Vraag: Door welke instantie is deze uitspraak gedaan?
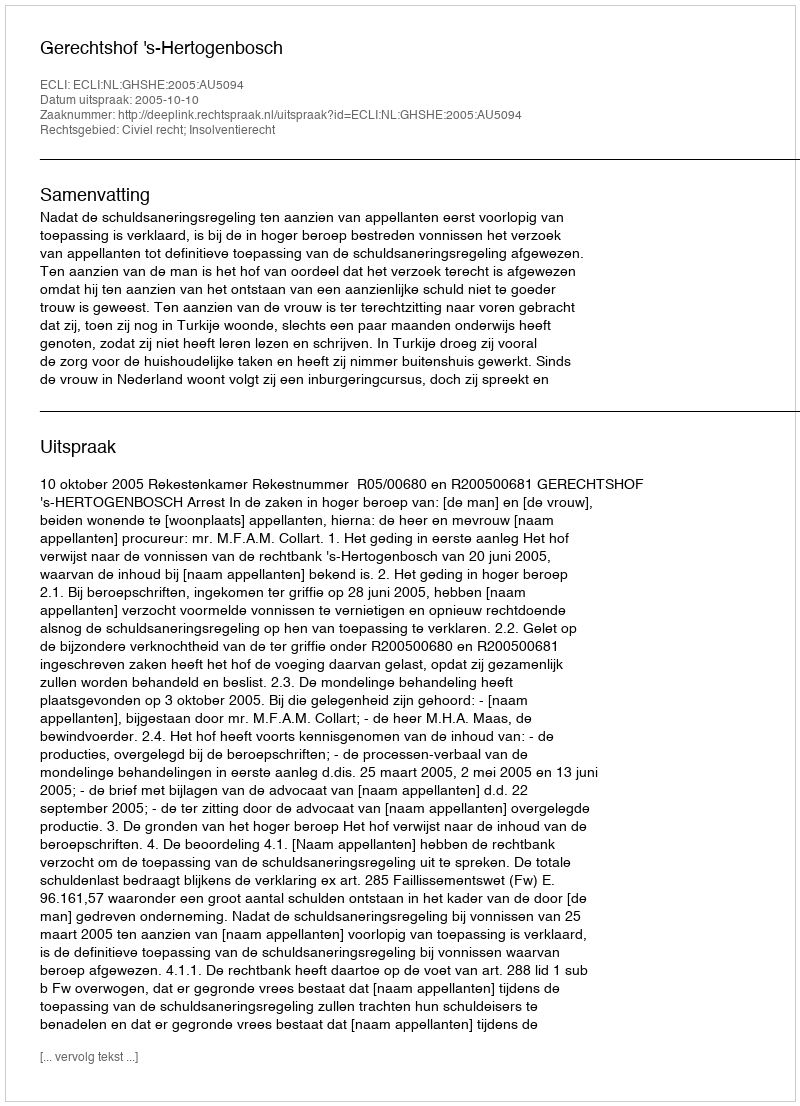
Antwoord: Gerechtshof 's-Hertogenbosch